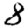
Digit: 8